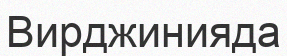
Вирджинияда